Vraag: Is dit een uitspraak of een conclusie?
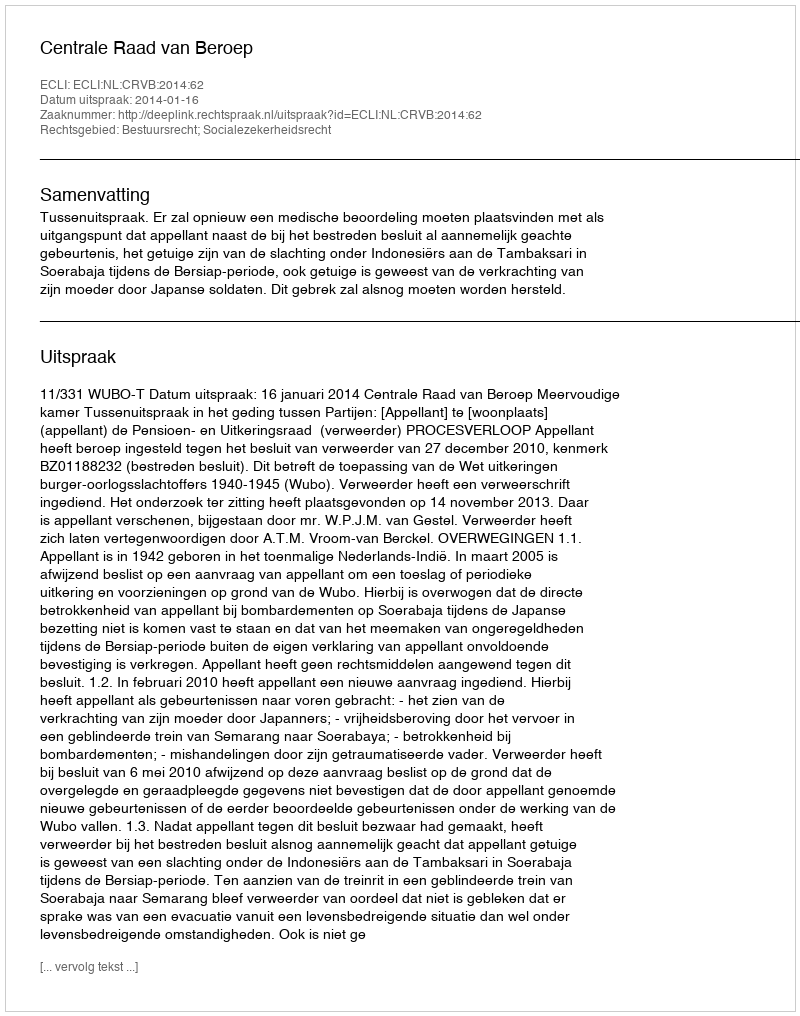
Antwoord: Uitspraak